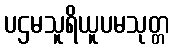
ပဌမသူရိယူပမသုတ္တ